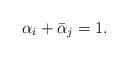
LaTeX: \begin{align*}\alpha_i+\bar{\alpha}_j=1.\end{align*}